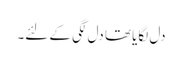
دل لگایا تھا دل لگی کے لئے۔